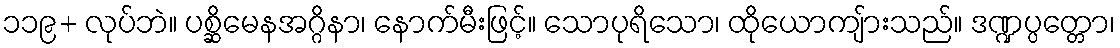
၁၁၉+ လုပ်ဘဲ။ ပစ္ဆိမေနအဂ္ဂိနာ၊ နောက်မီးဖြင့်။ သောပုရိသော၊ ထိုယောကျ်ားသည်။ ဒဏ္ဍပ္ပတ္တော၊